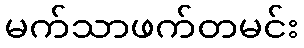
မက်သာဖက်တမင်း